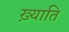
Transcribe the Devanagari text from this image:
ख़्याति